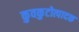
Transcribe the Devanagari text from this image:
कुवकुटोत्पादक